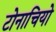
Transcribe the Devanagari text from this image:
टोनाचियो